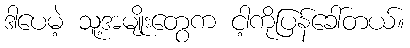
ဒါပေမဲ့ သူ့အမျိုးတွေက ငါ့ကိုပြန်ခေါ်တယ်။